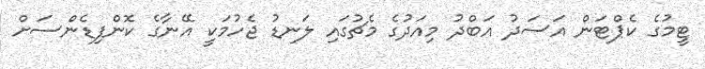
ޓީމުގެ ކެޕްޓަން އަސަދު އަބްދު މިއަދުގެ މެޗުގައި ލަނޑު ޖެހުމަކީ އޭނާގެ ކޮންފިޑެންސަށް